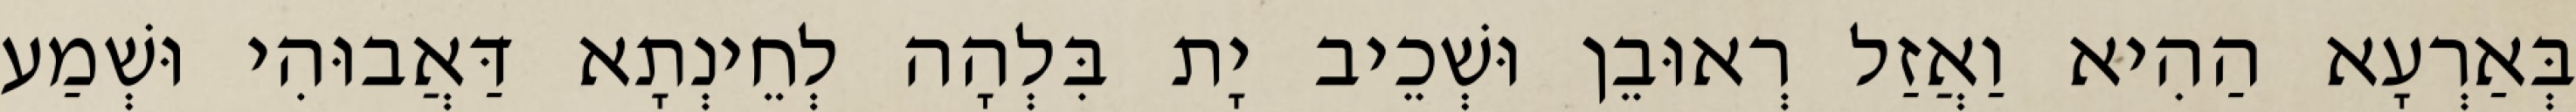
בְּאַרְעָא הַהִיא וַאֲזַל רְאוּבֵן וּשְׁכֵיב יָת בִּלְהָה לְחֵינְתָא דַּאֲבוּהִי וּשְׁמַע